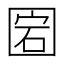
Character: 𡇵